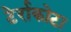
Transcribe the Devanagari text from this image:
टेर्राकोटा